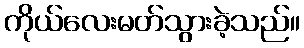
ကိုယ်လေးမတ်သွားခဲ့သည်။